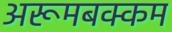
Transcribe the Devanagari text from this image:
अरूमबक्कम